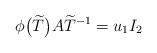
LaTeX: \begin{align*}\phi\big(\widetilde{T}\big)A\widetilde{T}^{-1}= u_{1} I_{2}\end{align*}